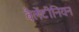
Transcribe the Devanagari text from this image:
वैलेंटीनियन